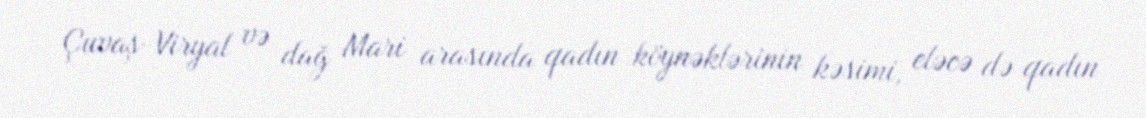
Çuvaş-Viryal və dağ Mari arasında qadın köynəklərinin kəsimi, eləcə də qadın